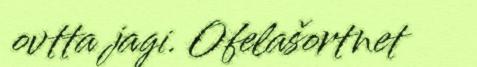
ovtta jagi. Ofelašortnet